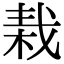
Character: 𣒭